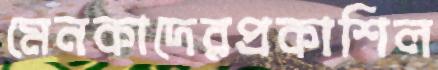
মেনকাদেরপ্রকাশিল